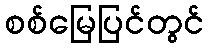
စစ်မြေပြင်တွင်